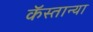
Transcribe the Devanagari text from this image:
कॅस्तान्या